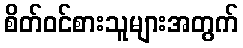
စိတ်ဝင်စားသူများအတွက်